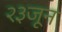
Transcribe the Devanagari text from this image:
२३जून